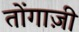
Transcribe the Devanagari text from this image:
तोंगाज़ी